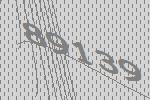
89139